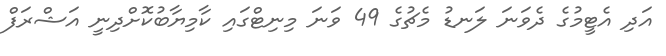
އަދި އެޓީމުގެ ދެވަނަ ލަނޑު މެޗުގެ 49 ވަނަ މިނިޓްގައި ކާމިޔާބުކޮށްދިނީ އަޝްރަފް